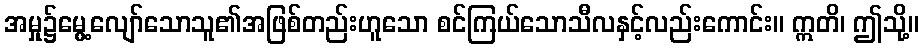
အမှု၌မွေ့လျော်သောသူ၏အဖြစ်တည်းဟူသော စင်ကြယ်သောသီလနှင့်လည်းကောင်း။ ဣတိ၊ ဤသို့။